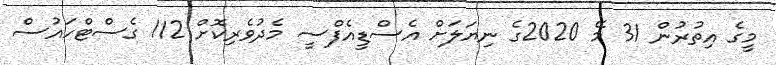
މީގެ އިތުރުން 31 މޭ 2020ގެ ނިޔަލަށް އެސްޑީއެފްސީ މެދުވެރިކޮށް 112 ގެސްޓްހައުސް